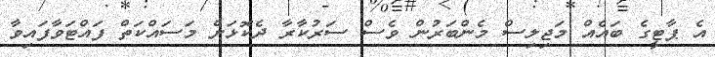
އެ ޕާޓީގެ ބައެއް މަޖިލިސް މެންބަރުން ވެސް ސަރުކާރާ ދެކޮޅަށް މަސައްކަތް ފައްޓަވާފައިވާ